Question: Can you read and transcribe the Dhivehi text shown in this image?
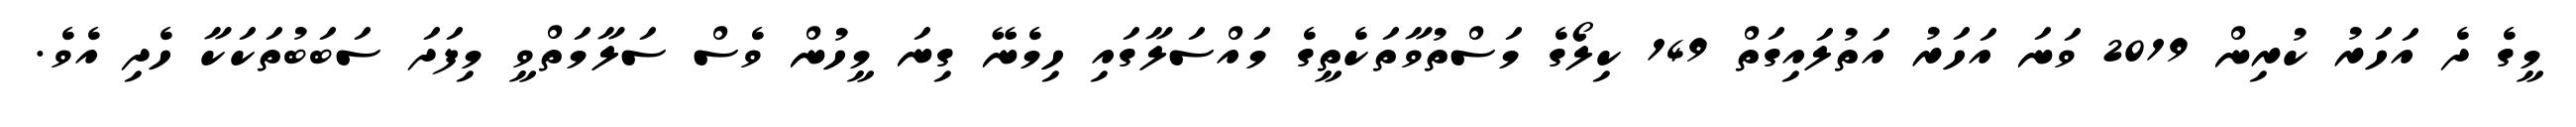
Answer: މީގެ ދެ އަހަރު ކުރިން 2019 ވަނަ އަހަރު އަތުލައިގަތް 149 ކިލޯގެ މަސްތުވާތަކެތީގެ މައްސަލާގައި ހިމެނޭ ގިނަ މީހުން ވެސް ސަލާމަތްވީ މިފަދަ ސަބަބުތަކަކާ ހެދި އެވެ.